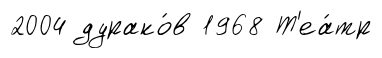
2004 дурако́в 1968 Т'еа́тр